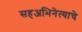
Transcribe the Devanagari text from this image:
सहअभिनेत्याचे